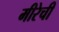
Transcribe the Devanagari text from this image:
मीरेची